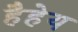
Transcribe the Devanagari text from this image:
हैहेय